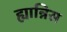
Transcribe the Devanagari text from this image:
ह्यान्निस